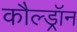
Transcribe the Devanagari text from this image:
कौल्ड्रॉन